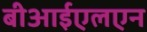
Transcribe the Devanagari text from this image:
बीआईएलएन